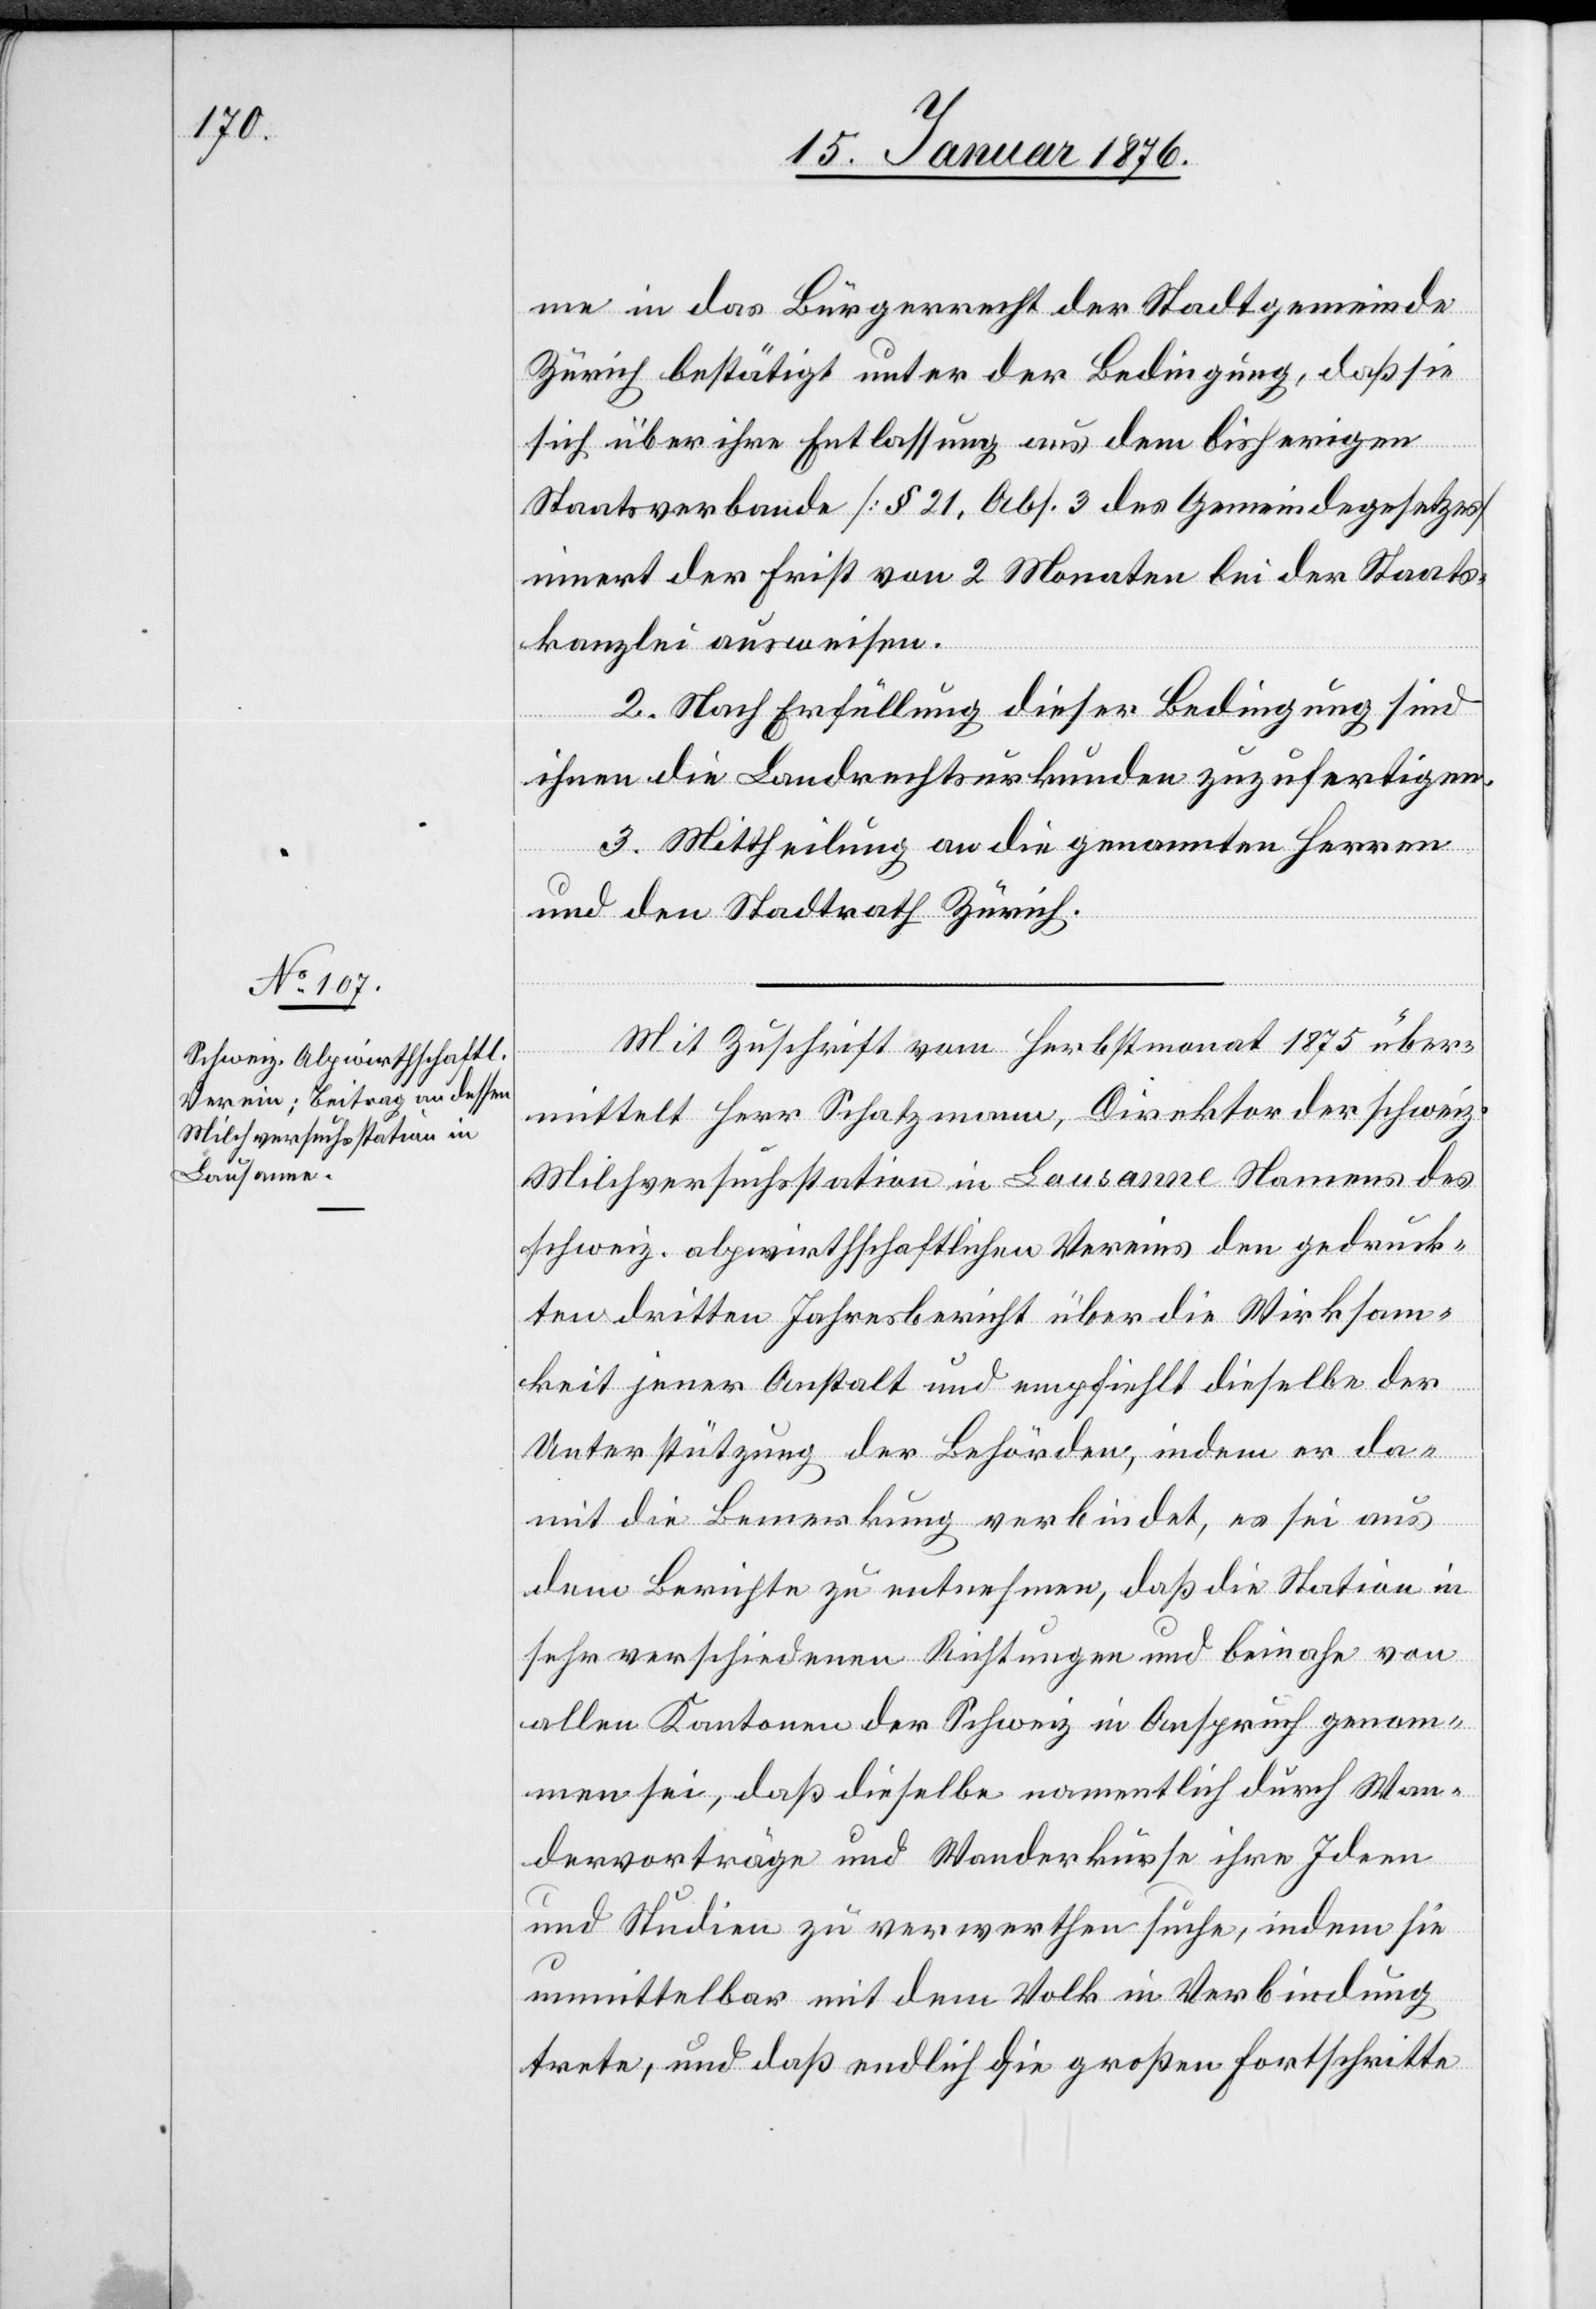
me in das Bürgerrecht der Stadtgemeinde
Zürich bestätigt unter der Bedingung, daß sie
sich über ihre Entlassung aus dem bisherigen
Staatsverbande [§ 21, Abs. 3 des Gemeindegesetzes]
innert der Frist von 2 Monaten bei der Staats¬
kanzlei ausweisen.
2. Nach Erfüllung dieser Bedingung sind
ihnen die Landrechtsurkunden zuzufertigen.
3. Mittheilung an die genannten Herren
und den Stadtrath Zürich.
Mit Zuschrift vom Herbstmonat 1875 über¬
mittelt Herr Schatzmann, Direktor der schweiz.
Milchversuchsstation in Lausanne Namens des
schweiz. alpwirthschaftlichen Vereins den gedruck¬
ten dritten Jahresbericht über die Wirksam¬
keit jener Anstalt und empfiehlt dieselbe der
Unterstützung der Behörden, indem er da¬
mit die Bemerkung verbindet, es sei aus
dem Berichte zu entnehmen, daß die Station in
sehr verschiedenen Richtungen und beinahe von
allen Kantonen der Schweiz in Anspruch genom¬
men sei, daß dieselbe namentlich durch Wan¬
dervorträge und Wanderkurse ihre Ideen
und Studien zu verwerthen suche, indem sie
unmittelbar mit dem Volk in Verbindung
trete, und daß endlich die großen Fortschritte